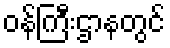
ဝန်ကြီးဌာနတွင်